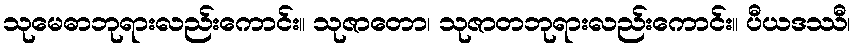
သုမေဓာဘုရားလည်းကောင်း။ သုဇာတော၊ သုဇာတဘုရားလည်းကောင်း။ ပီယဒဿီ၊